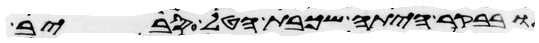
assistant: ובבקר היתה שכבת הטל סביב